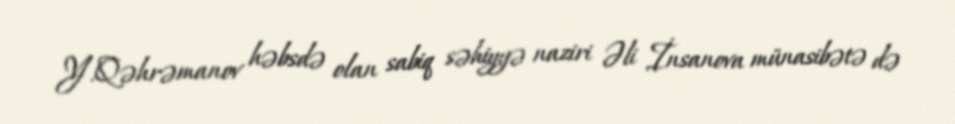
Y.Qəhrəmanov həbsdə olan sabiq səhiyyə naziri Əli İnsanova münasibətə də